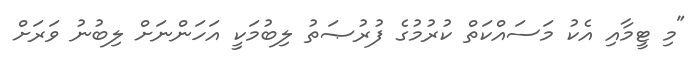
"މި ޓީމާއި އެކު މަސައްކަތް ކުރުމުގެ ފުރުޞަތު ލިބުމަކީ އަހަންނަށް ލިބުނު ވަރަށް